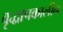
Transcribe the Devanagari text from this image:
वृद्धापकालीन